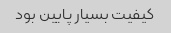
کیفیت بسیار پایین بود